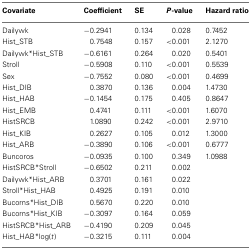
<table><thead><tr><td><b>Covariate</b></td><td><b>Coefficient</b></td><td><b>SE</b></td><td><b><i>P</i>-value</b></td><td><b>Hazard ratio</b></td></tr></thead><tbody><tr><td>Dailywk</td><td>−0.2941</td><td>0.134</td><td>0.028</td><td>0.7452</td></tr><tr><td>Hist_STB</td><td>0.7548</td><td>0.157</td><td>&lt;0.001</td><td>2.1270</td></tr><tr><td>Dailywk*Hist_STB</td><td>−0.6161</td><td>0.264</td><td>0.020</td><td>0.5401</td></tr><tr><td>Stroll</td><td>−0.5908</td><td>0.110</td><td>&lt;0.001</td><td>0.5539</td></tr><tr><td>Sex</td><td>−0.7552</td><td>0.080</td><td>&lt;0.001</td><td>0.4699</td></tr><tr><td>Hist_DIB</td><td>0.3870</td><td>0.136</td><td>0.004</td><td>1.4730</td></tr><tr><td>Hist_HAB</td><td>−0.1454</td><td>0.175</td><td>0.405</td><td>0.8647</td></tr><tr><td>Hist_EMB</td><td>0.4741</td><td>0.111</td><td>&lt;0.001</td><td>1.6070</td></tr><tr><td>HistSRCB</td><td>1.0890</td><td>0.242</td><td>&lt;0.001</td><td>2.9710</td></tr><tr><td>Hist_KIB</td><td>0.2627</td><td>0.105</td><td>0.012</td><td>1.3000</td></tr><tr><td>Hist_ARB</td><td>−0.3890</td><td>0.106</td><td>&lt;0.001</td><td>0.6777</td></tr><tr><td>Buncoros</td><td>−0.0935</td><td>0.100</td><td>0.349</td><td>1.0988</td></tr><tr><td>HistSRCB*Stroll</td><td>−0.6502</td><td>0.211</td><td>0.002</td><td></td></tr><tr><td>Dailywk*Hist_ARB</td><td>0.3701</td><td>0.161</td><td>0.022</td><td></td></tr><tr><td>Stroll*Hist_HAB</td><td>0.4925</td><td>0.191</td><td>0.010</td><td></td></tr><tr><td>Bucorns*Hist_DIB</td><td>0.5670</td><td>0.220</td><td>0.010</td><td></td></tr><tr><td>Bucorns*Hist_KIB</td><td>−0.3097</td><td>0.164</td><td>0.059</td><td></td></tr><tr><td>HistSRCB*Hist_ARB</td><td>−0.4190</td><td>0.209</td><td>0.045</td><td></td></tr><tr><td>Hist_HAB*log(<i>t</i>)</td><td>−0.3215</td><td>0.111</td><td>0.004</td><td></td></tr></tbody></table>